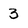
Character: 3